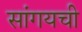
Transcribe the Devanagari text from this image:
सांगयची